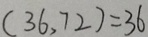
( 3 6 , 7 2 ) = 3 6